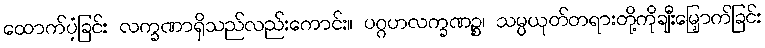
ထောက်ပံ့ခြင်း လက္ခဏာရှိသည်လည်းကောင်း။ ပဂ္ဂဟလက္ခဏဉ္စ၊ သမ္ပယုတ်တရားတို့ကိုချီးမြှောက်ခြင်း